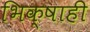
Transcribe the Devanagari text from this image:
भिक्षाही